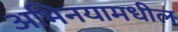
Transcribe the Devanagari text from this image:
अभिनयामधील